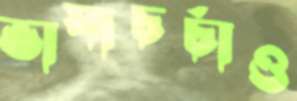
ভাষাচর্চাও